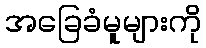
အခြေခံမူများကို